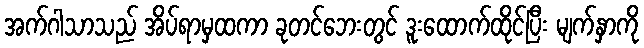
အက်ဂါသာသည် အိပ်ရာမှထကာ ခုတင်ဘေးတွင် ဒူးထောက်ထိုင်ပြီး မျက်နှာကို